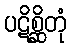
ပဋိစ္ဆိတုံ